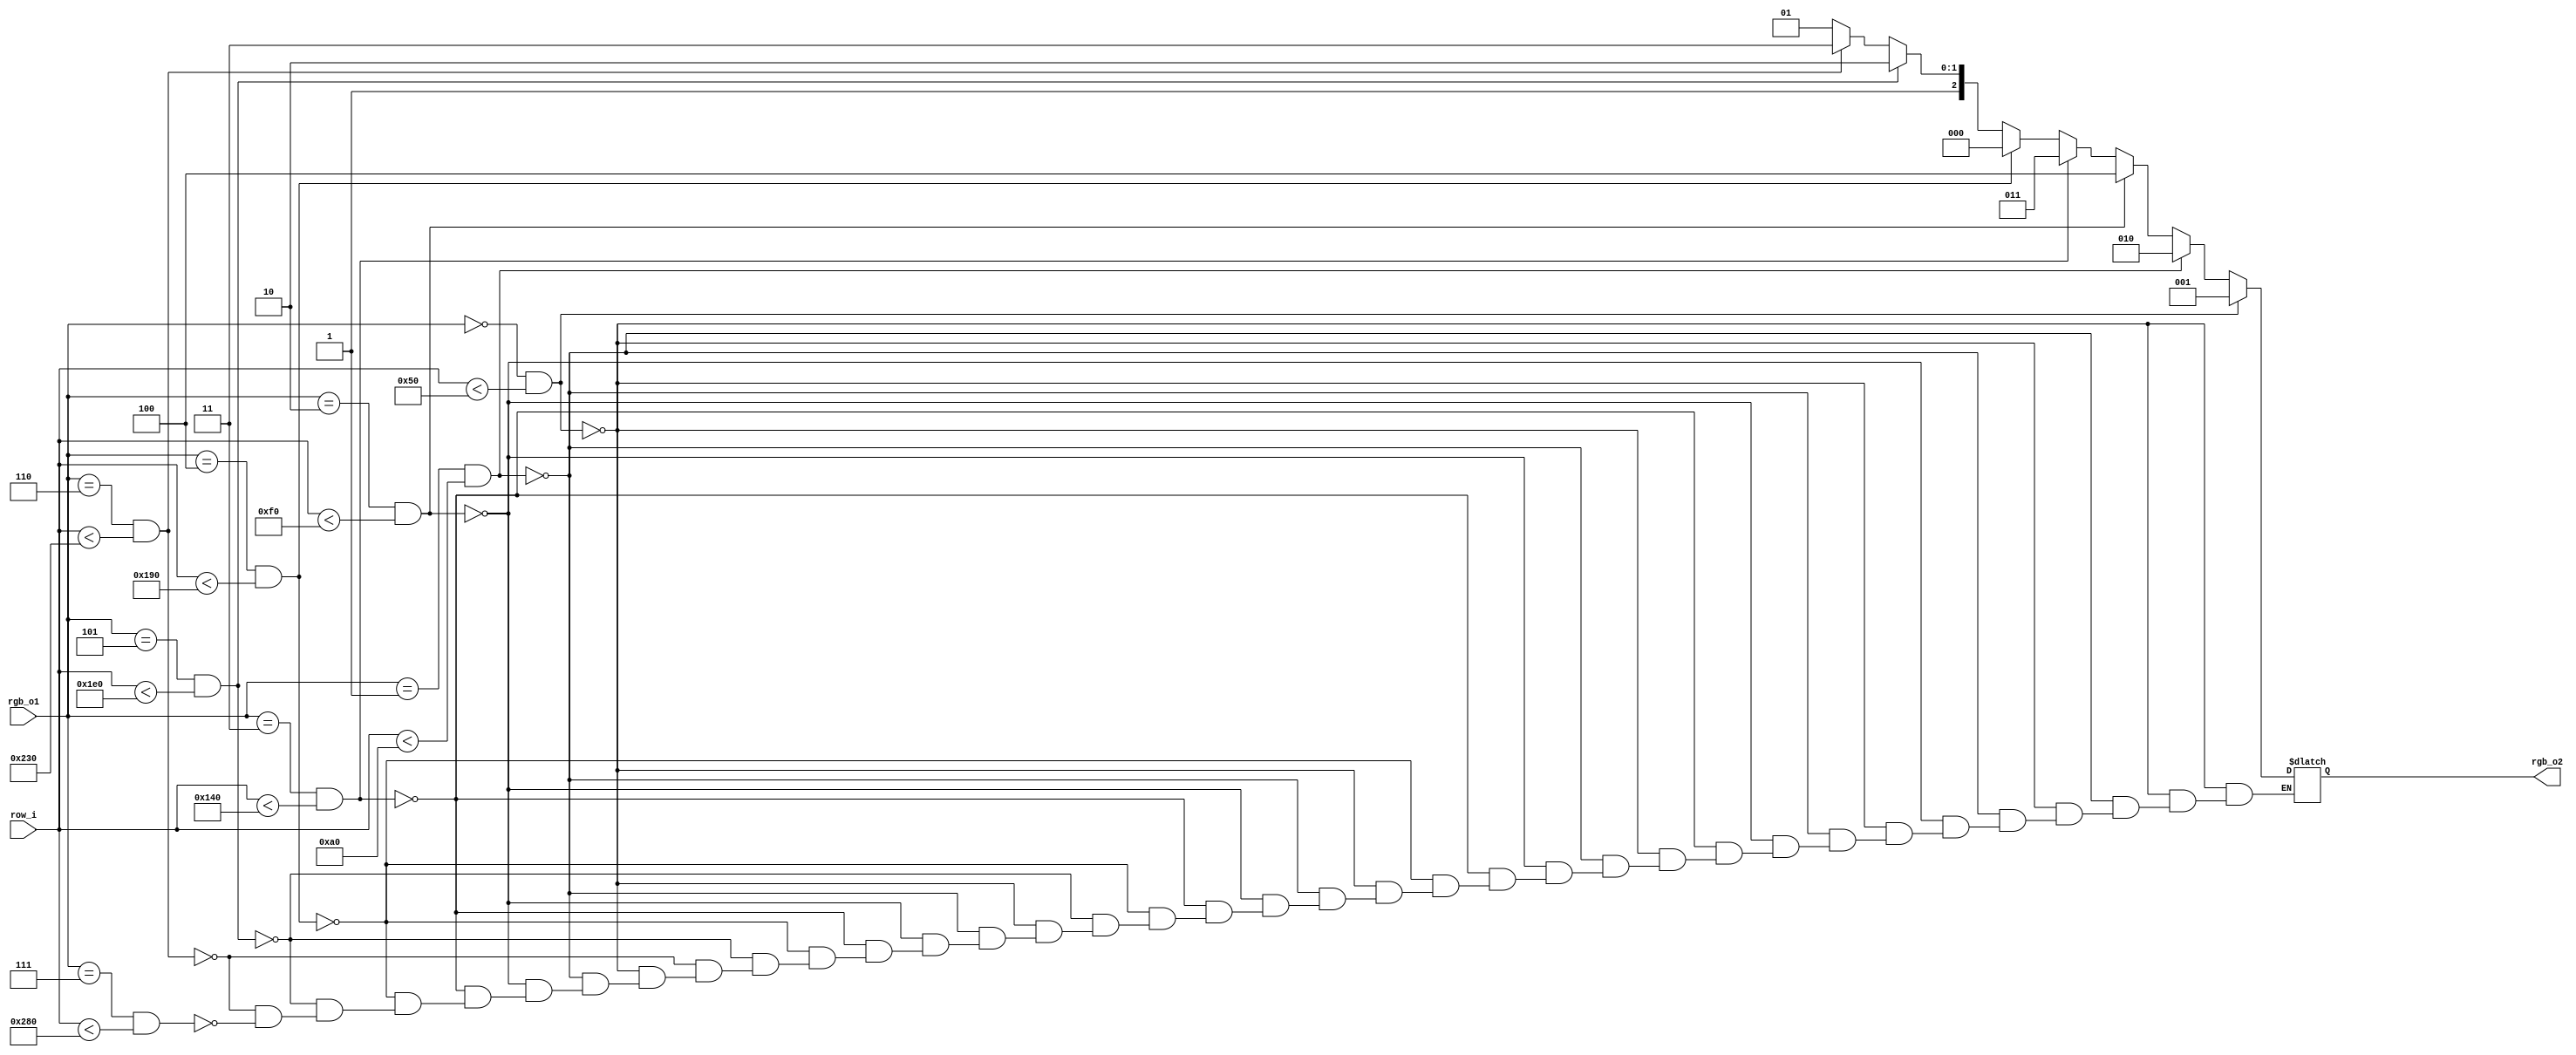
module img_processing(
	input      [2:0]    rgb_o1 ,
	input  	   [9:0]	row_i,
	output reg [2:0]    rgb_o2
);

localparam Y0 = 80 ;	
localparam Y1 = 160;											// doua treimi din 640 de pixeli
localparam Y2 = 240;
localparam Y3 = 320;
localparam Y4 = 400;
localparam Y5 = 480;
localparam Y6 = 560;
localparam Y7 = 640;

localparam BLACK = 3'b000 ;
localparam BLUE = 3'b001  ;
localparam GREEN = 3'b010 ;
localparam RED 	 = 3'b100 ;
localparam CYAN = 3'b011  ;
localparam PURPLE = 3'b101;
localparam YELLOW = 3'b110;
localparam WHITE = 3'b111 ;


always @(*)	begin
	if      (rgb_o1 == BLACK  && row_i < Y0) rgb_o2=BLUE  ;
	else if (rgb_o1 == BLUE   && row_i < Y1) rgb_o2=GREEN ;
	else if (rgb_o1 == GREEN  && row_i < Y2) rgb_o2=RED   ;
	else if (rgb_o1 == CYAN   && row_i < Y3) rgb_o2=CYAN  ;
	else if (rgb_o1 == RED    && row_i < Y4) rgb_o2=BLACK ;
	else if (rgb_o1 == PURPLE && row_i < Y5) rgb_o2=YELLOW;
	else if (rgb_o1 == YELLOW && row_i < Y6) rgb_o2=WHITE ;
	else if (rgb_o1 == WHITE  && row_i < Y7)  rgb_o2=PURPLE;

end



endmodule